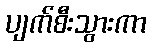
ပျက်စီးသွားကာ